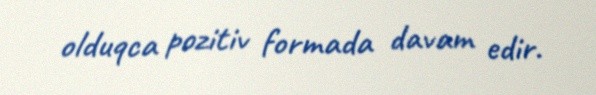
olduqca pozitiv formada davam edir.